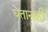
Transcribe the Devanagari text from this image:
घेतानाही